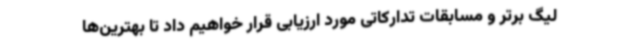
لیگ برتر و مسابقات تدارکاتی مورد ارزیابی قرار خواهیم داد تا بهترین‌ها